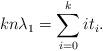
LaTeX: \begin{align*} kn\lambda_1 = \sum_{i=0}^k it_i. \end{align*}